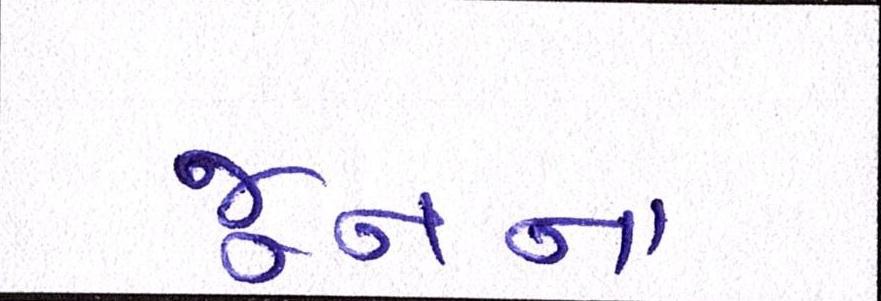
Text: જૂનના